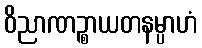
ဝိညာဏဉ္စာယတနမ္ပာဟံ